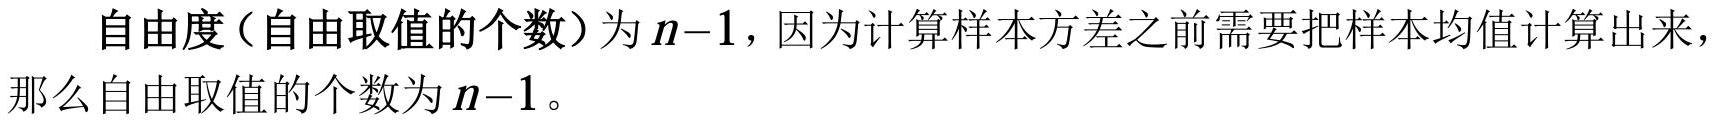
自由度（自由取值的个数）为$n - 1$，因为计算样本方差之前需要把样本均值计算出来，那么自由取值的个数为$n - 1$。